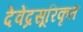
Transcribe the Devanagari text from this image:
देवेंद्रसूरिकृत